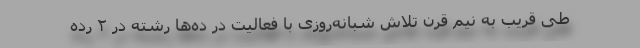
طی قریب به نیم قرن تلاش شبانه‌روزی با فعالیت در ده‌ها رشته در ۲ رده